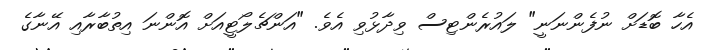
އެހާ ބޮޑަށް ނުފެންނަނީ" ލައުރެންޓިސް ވިދާޅުވި އެވެ. "އަންޗެލޯޓީއަށް އޮންނަ އިތުބާރާއި އޭނާގެ